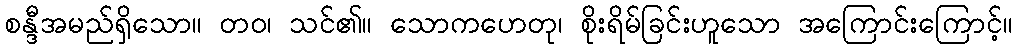
စန္ဒီအမည်ရှိသော။ တဝ၊ သင်၏။ သောကဟေတု၊ စိုးရိမ်ခြင်းဟူသော အကြောင်းကြောင့်။